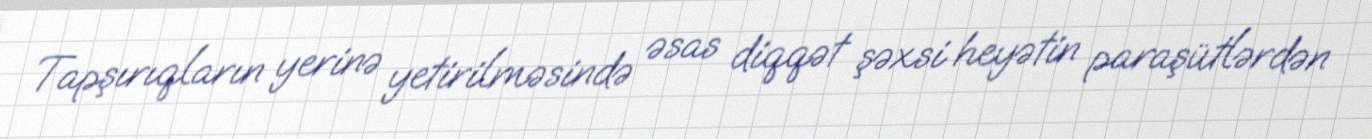
Tapşırıqların yerinə yetirilməsində əsas diqqət şəxsi heyətin paraşütlərdən